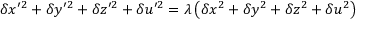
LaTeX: \delta x ^ { \prime 2 } + \delta y ^ { \prime 2 } + \delta z ^ { \prime 2 } + \delta u ^ { \prime 2 } = \lambda \left( \delta x ^ { 2 } + \delta y ^ { 2 } + \delta z ^ { 2 } + \delta u ^ { 2 } \right)